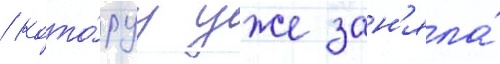
/ кото́руу уже зан'яла́